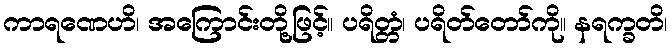
ကာရဏေဟိ၊ အကြောင်းတို့ဖြင့်။ ပရိတ္တံ၊ ပရိတ်တော်ကို။ နရက္ခတိ၊